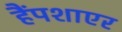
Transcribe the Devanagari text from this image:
हैंपशाएर